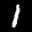
Label: 1